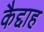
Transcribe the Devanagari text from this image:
कैद्दाह